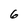
Character: 6